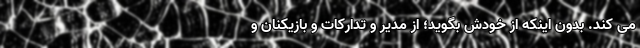
می کند. بدون اینکه از خودش بگوید؛ از مدیر و تدارکات و بازیکنان و